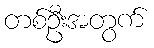
တစ်ဦးအတွက်